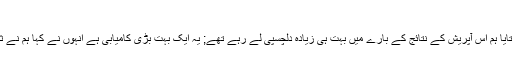
ڈاکٹر ٹام ڈوہنی کا بیان
ڈاکٹر ٹام ڈوہنی جوکہ آپریشن کرنےوالی ٹیم کا حصہ تھے; اُنھوں نے میڈیا نمائندوں کو بتایا ہم اس آپریش کے نتائج کے بارے میں بہت ہی زیادہ دلچسپی لے رہے تھے; یہ ایک بہت بڑی کامیابی ہے انہوں نے کہا ہم نے ثابت کر دیا کہ ہم یہ کر سکتے ہیں; اورہم نے ایک شخص کو ایک مکمل نیا جسم دے دیا۔